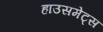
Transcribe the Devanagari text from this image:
हाउसमेट्स